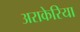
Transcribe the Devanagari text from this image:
अराकेरिया